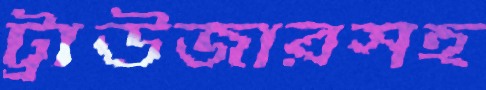
ট্রাউজারসহ